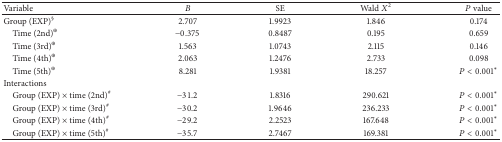
| Variable | B | SE | Wald X2 | P value |
 | --- | --- | --- | --- | --- |
 | Group (EXP)§ | 2.707 | 1.9923 | 1.846 | 0.174 |
 | Time (2nd)⊕ | −0.375 | 0.8487 | 0.195 | 0.659 |
 | Time (3rd)⊕ | 1.563 | 1.0743 | 2.115 | 0.146 |
 | Time (4th)⊕ | 2.063 | 1.2476 | 2.733 | 0.098 |
 | Time (5th)⊕ | 8.281 | 1.9381 | 18.257 | P < 0.001* |
 | Interactions |  |  |  |  |
 | Group (EXP) × time (2nd)# | −31.2 | 1.8316 | 290.621 | P < 0.001* |
 | Group (EXP) × time (3rd)# | −30.2 | 1.9646 | 236.233 | P < 0.001* |
 | Group (EXP) × time (4th)# | −29.2 | 2.2523 | 167.648 | P < 0.001* |
 | Group (EXP) × time (5th)# | −35.7 | 2.7467 | 169.381 | P < 0.001* |